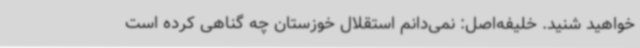
خواهید شنید. خلیفه‌اصل: نمی‌دانم استقلال خوزستان چه گناهی کرده است